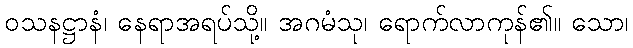
ဝသနဋ္ဌာနံ၊ နေရာအရပ်သို့။ အဂမံသု၊ ရောက်လာကုန်၏။ သော၊